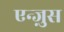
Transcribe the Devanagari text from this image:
एन्ज़ुस